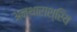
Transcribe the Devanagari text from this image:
अन्थाराश्रिय